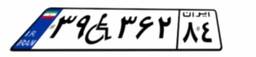
۳۹W۳۶۲۸۴